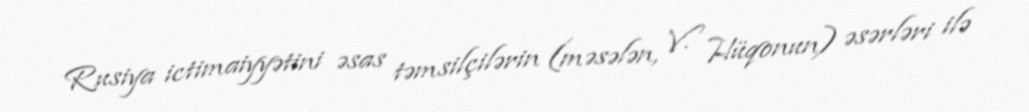
Rusiya ictimaiyyətini əsas təmsilçilərin (məsələn, V. Hüqonun) əsərləri ilə